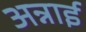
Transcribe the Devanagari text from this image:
अन्नाई